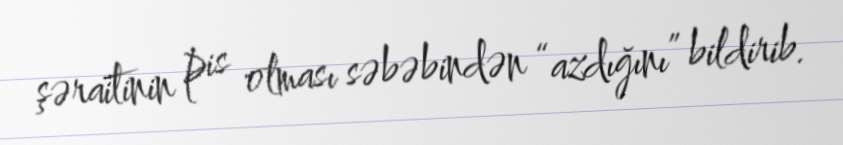
şəraitinin pis olması səbəbindən “azdığını” bildirib.